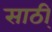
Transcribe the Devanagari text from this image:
साठी्